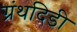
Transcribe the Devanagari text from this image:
ग्रंथदिडी